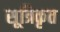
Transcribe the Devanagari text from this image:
सूत्रिकृत